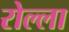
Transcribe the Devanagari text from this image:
रोल्ला